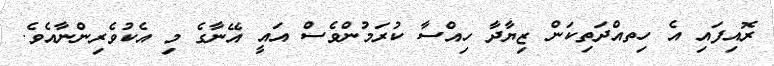
ރޮއިފައި އެ ހިތއްދަތިކަން ޒިޔާދާ ހިއްސާ ކުރަމުންވެސް އައީ އޭނާގެ މި އެކުވެރިންނާއެވެ.